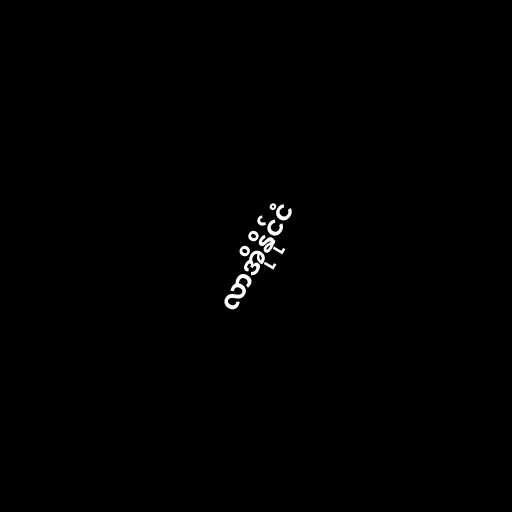
လာအိုနိုင်ငံ